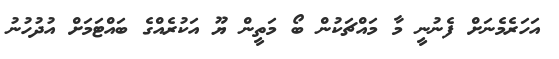
އަހަރެމެނަށް ފެނުނީ މާ މައްޗަކުން ބޯ މަތީން ޔޫ އަކުރެއްގެ ބައްޓަމަށް އުދުހުނު